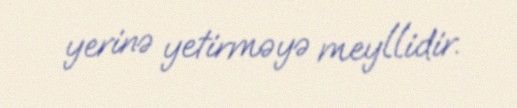
yerinə yetirməyə meyllidir.